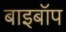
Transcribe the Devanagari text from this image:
बाइबॉप